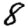
Digit: 8